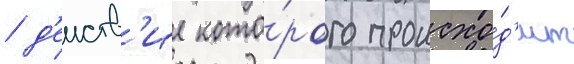
/ д'еиств'ие кото́рого происхо́д'ит